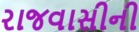
રાજવાસીની